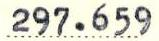
297.659